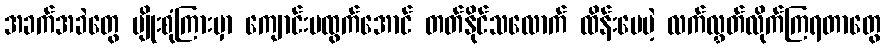
အခက်အခဲတွေ မျိုးစုံကြားမှာ ကျောင်းမထွက်အောင် တတ်နိုင်သလောက် ထိန်းပေမဲ့ လက်လွှတ်လိုက်ကြရတာတွေ